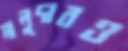
মালুদারও